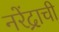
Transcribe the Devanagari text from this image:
नरेंद्राची